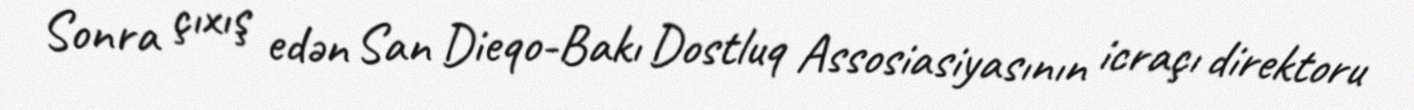
Sonra çıxış edən San Dieqo-Bakı Dostluq Assosiasiyasının icraçı direktoru